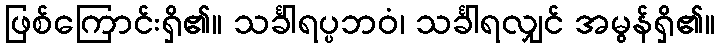
ဖြစ်ကြောင်းရှိ၏။ သင်္ခါရပ္ပဘဝံ၊ သင်္ခါရလျှင် အမွန်ရှိ၏။